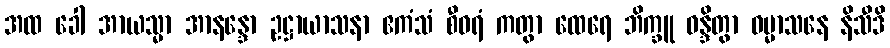
အထ ခေါ အာယသ္မာ အာနန္ဒော ဥဋ္ဌာယာသနာ ဧကံသံ စီဝရံ ကတွာ ထေရေ ဘိက္ခူ ဝန္ဒိတွာ ဓမ္မာသနေ နိသီဒိ